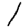
Digit: 1